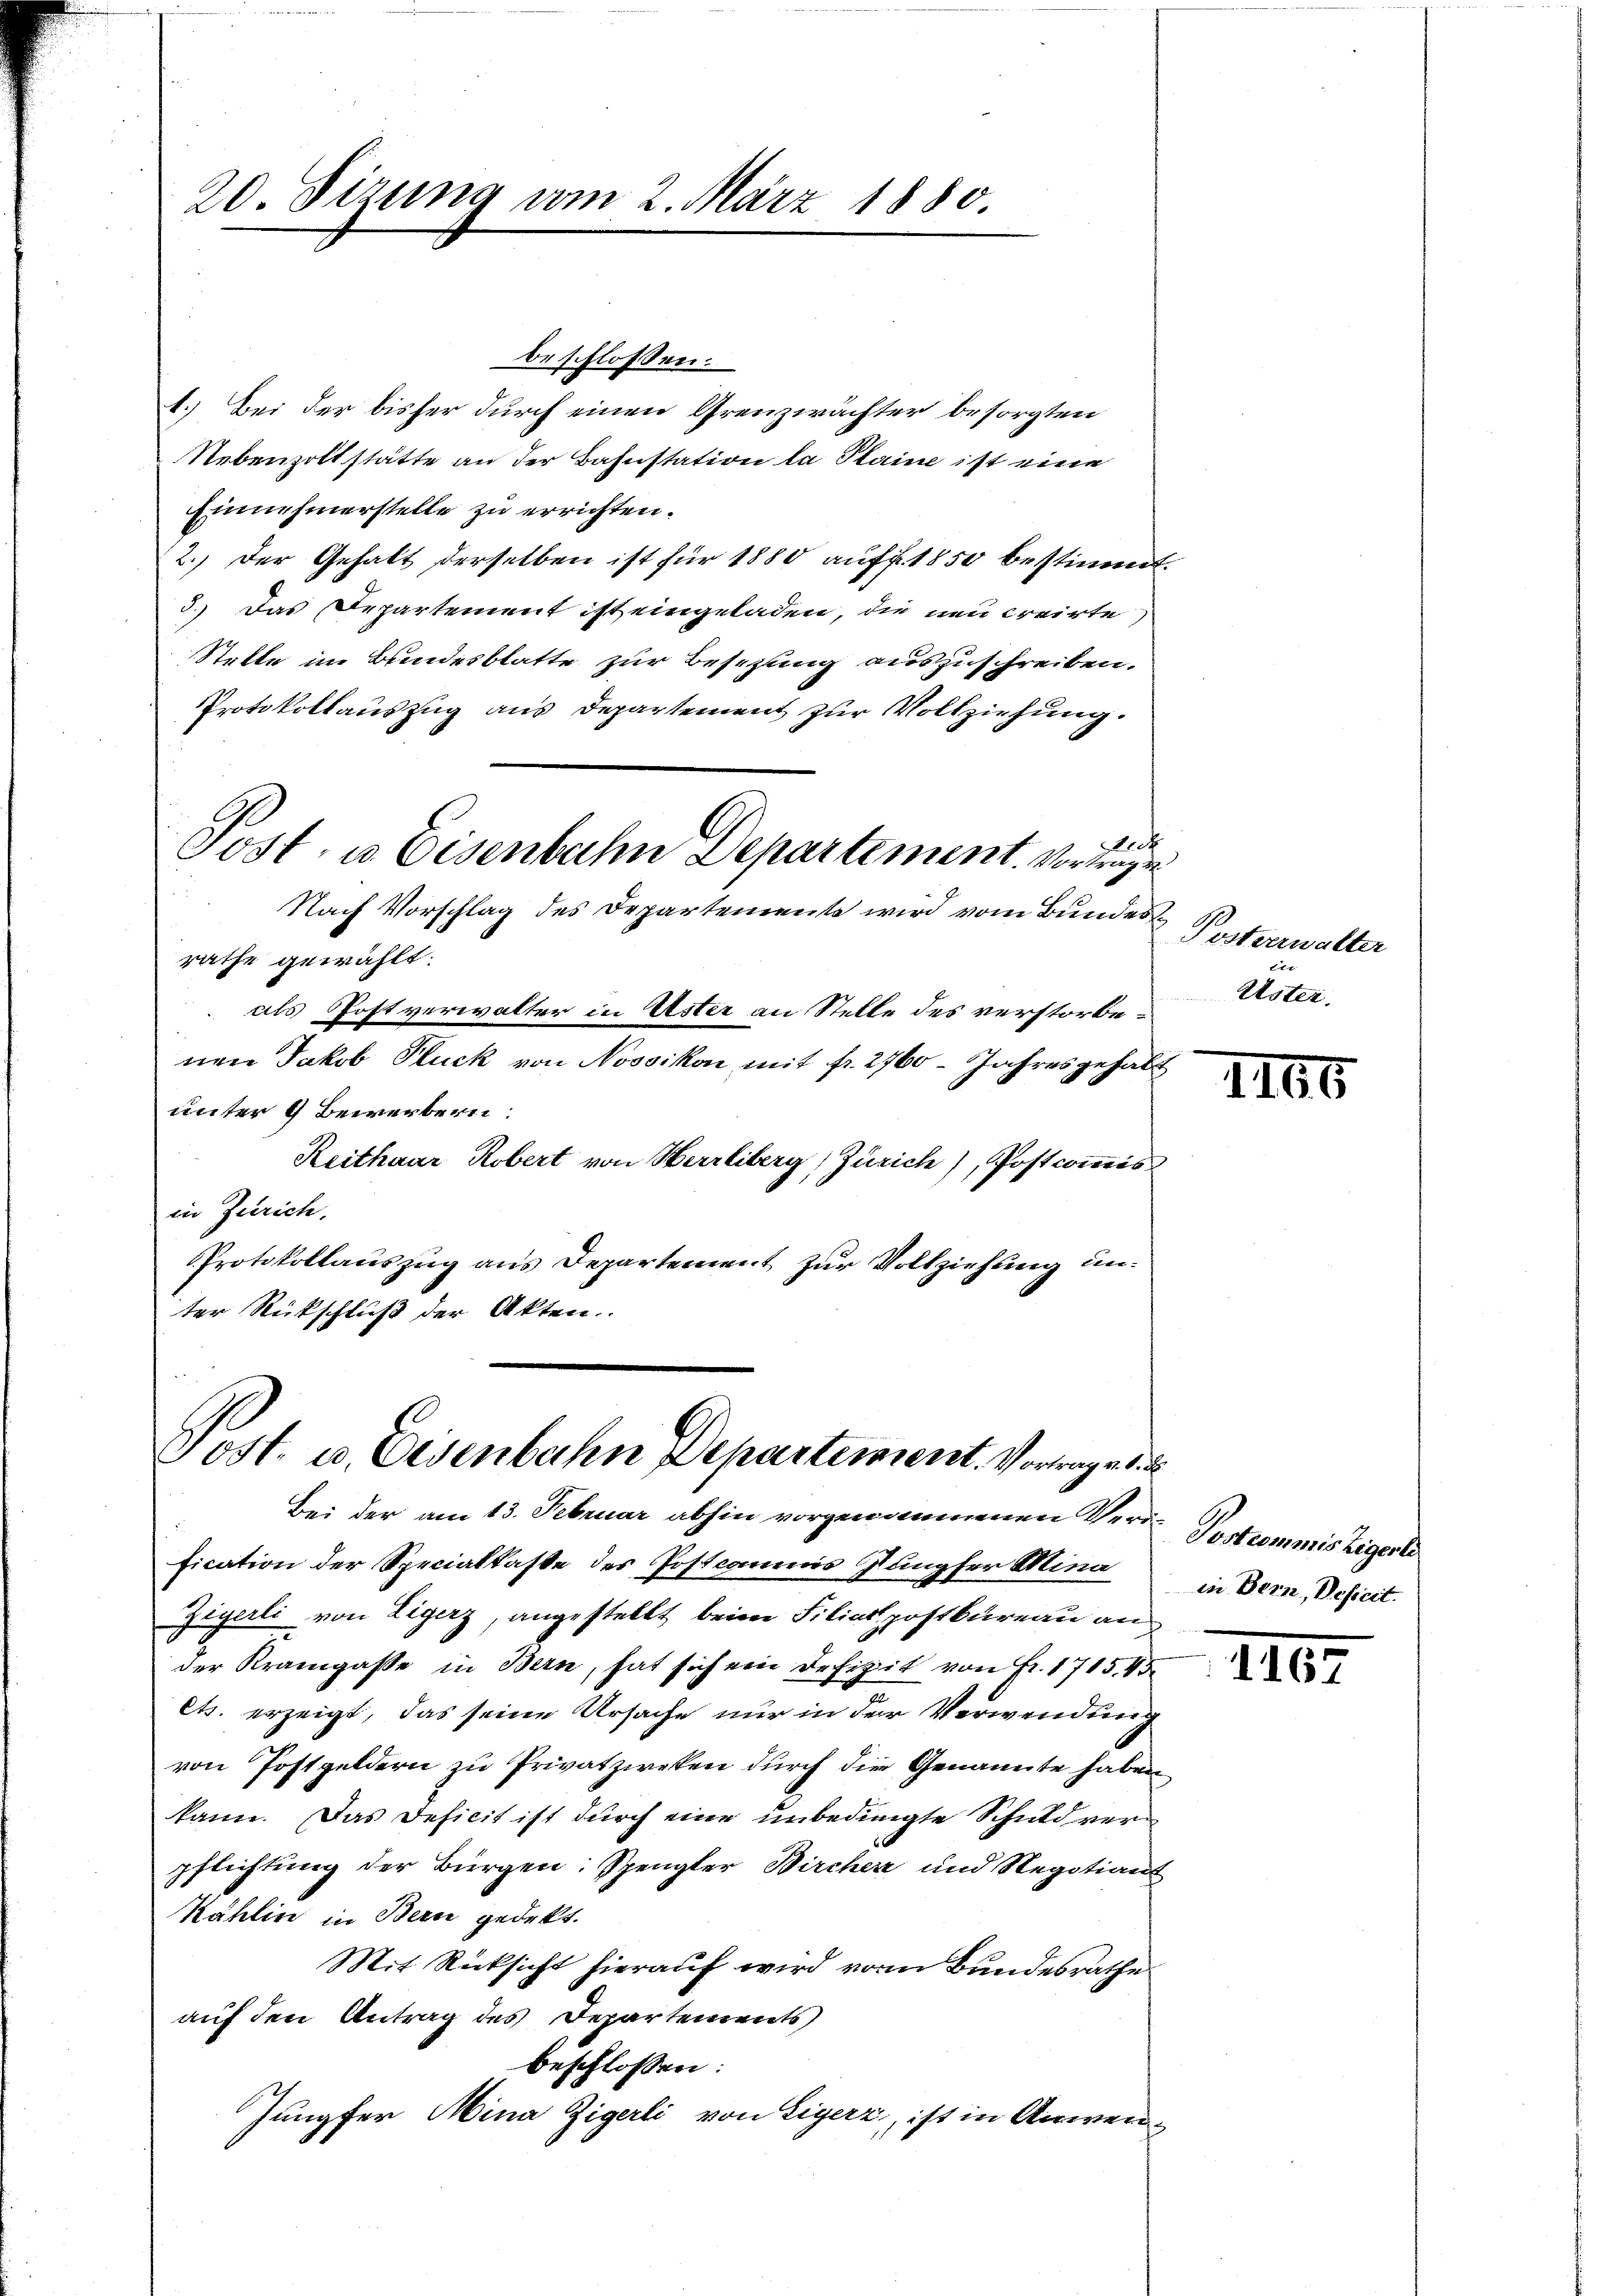
20. Sizung vom 2. März 1880.

beschlossen:
1.) Bei der bisher durch einen Grenzwächter besorgten
Nebenzoltstätte an der Bahnstation la Plaine ist eine
Einnehmerstelle zu errichten.
2.) Der Gehalt derselben ist für 1880 auff. 1850 bestimmt.
3.) Das Departement ist eingeladen, die neu creirte)
Stelle im Bundesblatte zur Besetzung auszuschreiben.
Protokollauszug aus Departement zur Vollziehung.
Aeck
Post, u. Eisenbahn Departement. Vortrage
Nach Vorschlag des Departemente wird vom Bundes
rathe gewählt.
als Postverwalter in Uster an Stelle des verstorbenen Jakob Pluck von Nossikon mit fr. 2760. Jahresgehabt
unter 9 Bewerbern:
Reithaar Robert von Herrliberg, Zürich), Postcommis
in Zürich,
Protokollauszug aus Departement zur Vollziehung unter Rückschluß der Akten.

Post. u. Eisenbahn Departement. Vorangeli
Bei der am 13. Februar abhin vorgenommenen Ver¬

fication der Specialkasse des Postcommis Jungfer Mina
Zigerli von Ligerz, angestellt beim Filialpostbureau an
der Kramgasse in Bern, hat sich ein Defizit von Fr. 1715,45
ets. erzeigt, das seine Ursache nur in der Verwendung
von Postgeldern zu Privatzweken durch die Genannte haben
kann. Das Deficit ist durch eine unbedingte Schuld verpflichtung der Bürgen: Spengler Bircher und Regotians
Kahlin in Bern gedeckt.
Mit Rücksicht hierauf wird vom Bundesrathe
auf den Antrag des Departements
beschlossen:
Jungfer Mina Zigerli von Eigerz, ist in Anwen¬

Pustererwalter
2
Uster.

1166

Postcommis Zigerte
in Bern, Deficit.

1167